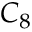
C _ { 8 }